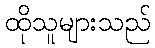
ထိုသူများသည်